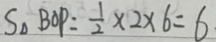
S _ { \Delta } B O P = \frac { 1 } { 2 } \times 2 \times 6 = 6 .